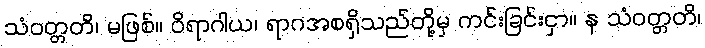
သံဝတ္တတိ၊ မဖြစ်။ ဝိရာဂါယ၊ ရာဂအစရှိသည်တို့မှ ကင်းခြင်းငှာ။ န သံဝတ္တတိ၊